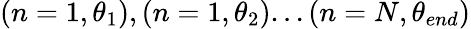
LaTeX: (n=1,\theta_{1}),(n=1,\theta_{2})...(n=N,\theta_{end})